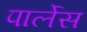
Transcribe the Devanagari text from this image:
पार्लेस